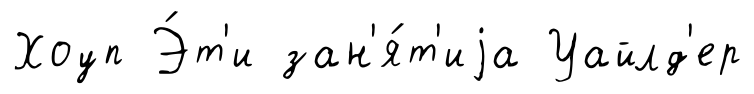
Хоуп Э́т'и зан'я́т'иjа Уайлд'ер